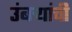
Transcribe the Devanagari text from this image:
उंबऱ्यांची